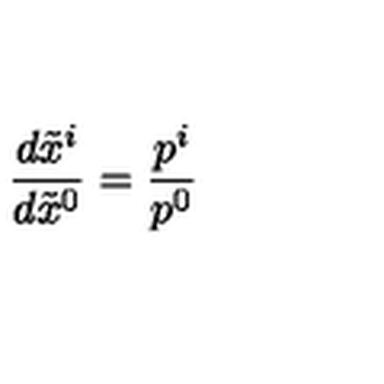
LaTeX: \frac { d \tilde { x } ^ { i } } { d \tilde { x } ^ { 0 } } = \frac { p ^ { i } } { p ^ { 0 } }